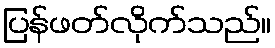
ပြန်ဖတ်လိုက်သည်။